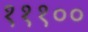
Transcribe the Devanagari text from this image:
१११००